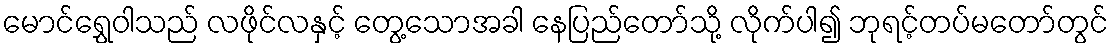
မောင်ရွှေဝါသည် လဖိုင်လနှင့် တွေ့သောအခါ နေပြည်တော်သို့ လိုက်ပါ၍ ဘုရင့်တပ်မတော်တွင်